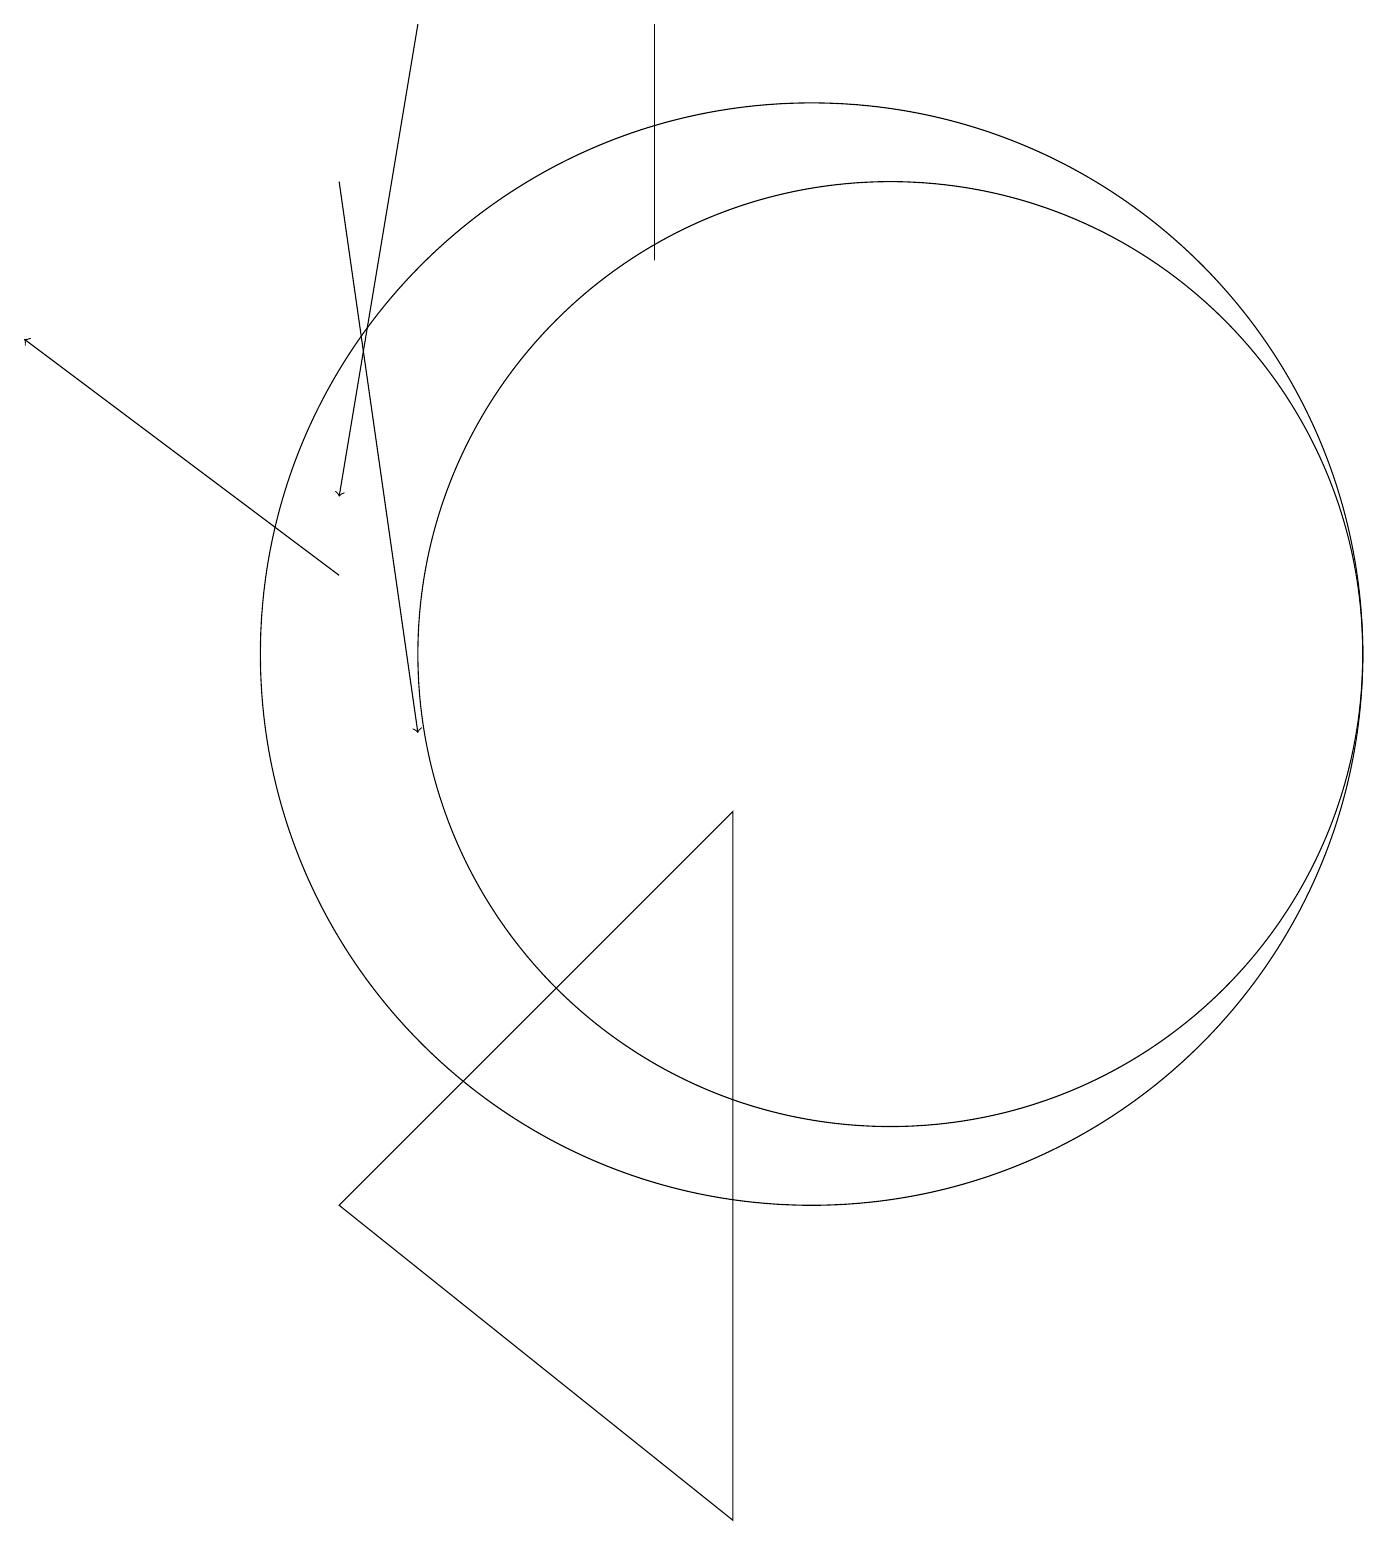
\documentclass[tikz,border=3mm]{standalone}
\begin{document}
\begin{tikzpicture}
\draw (9,0) -- (4,4) -- (9,9) -- cycle;
\draw[->] (4,17) -- (5,10);
\draw (10,11) circle (7);
\draw (11,11) circle (6);
\draw[->] (5,19) -- (4,13);
\draw (8,19) rectangle (8,16);
\draw[->] (4,12) -- (0,15);
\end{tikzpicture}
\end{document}